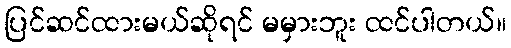
ပြင်ဆင်ထားမယ်ဆိုရင် မမှားဘူး ထင်ပါတယ်။